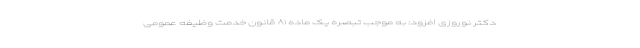
دکتر نوروزی افزود: به موجب تبصره یک ماده ۸۱ قانون خدمت وظیفه عمومی